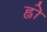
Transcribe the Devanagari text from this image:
ह्वो